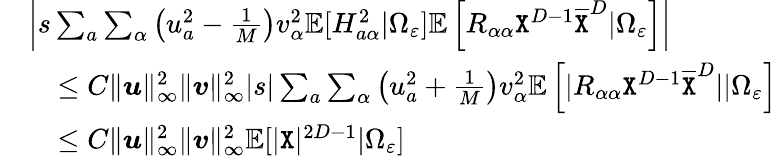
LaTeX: \begin{array}{rl}&{\left|s\sum_{a}\sum_{\alpha}\left(u_{a}^{2}-\frac 1{M}\right)v_{\alpha}^{2}\mathbb{E}[H_{a\alpha}^{2}|\Omega_{\varepsilon}]\mathbb{E}\left[R_{\alpha\alpha}{\texttt X}^{D-1}\overline{{{\texttt X}}}^{D}|\Omega_{\varepsilon}\right]\right|}\\ &{~~~\leq C\| {\boldsymbol u}\| _{\infty}^{2}\| {\boldsymbol v}\| _{\infty}^{2}|s|\sum_{a}\sum_{\alpha}\left(u_{a}^{2}+\frac 1{M}\right)v_{\alpha}^{2}\mathbb{E}\left[|R_{\alpha\alpha}{\texttt X}^{D-1}\overline{{{\texttt X}}}^{D}||\Omega_{\varepsilon}\right]}\\ &{~~~\leq C\| {\boldsymbol u}\| _{\infty}^{2}\| {\boldsymbol v}\| _{\infty}^{2}\mathbb{E}[|{\texttt X}|^{2D-1}|\Omega_{\varepsilon}]}\end{array}